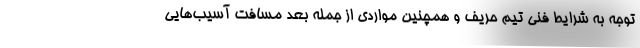
توجه به شرایط فنی تیم حریف و همچنین مواردی از جمله بعد مسافت آسیب‌هایی